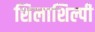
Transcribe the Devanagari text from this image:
शिलाशिल्पी